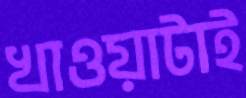
খাওয়াটাই